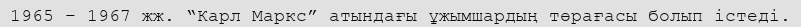
1965 – 1967 жж. “Карл Маркс” атындағы ұжымшардың төрағасы болып істеді.